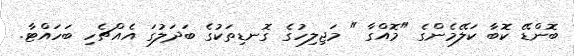
ބޮންޑޭ ކޮބާ ކަލޭމެންގެ "މޮއްގާ " މަޖިލިހުގެ ގޮނޑިތަކުގެ ބަދަލުގަ އެއްޗެހި ބަހައްޓާ.